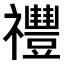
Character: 𥜨